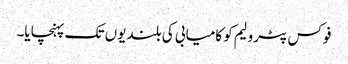
فوکس پٹرولیم کو کامیابی کی بلندیوں تک پہنچایا۔